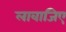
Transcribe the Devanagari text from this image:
लावाजिए